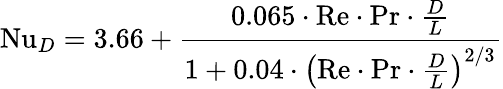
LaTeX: \mathrm{Nu}_{D}=3.66+{\frac{0.065\cdot\mathrm{Re}\cdot\mathrm{Pr}\cdot{\frac{D}{L}}}{1+0.04\cdot\left(\mathrm{Re}\cdot\mathrm{Pr}\cdot{\frac{D}{L}}\right)^{2/3}}}